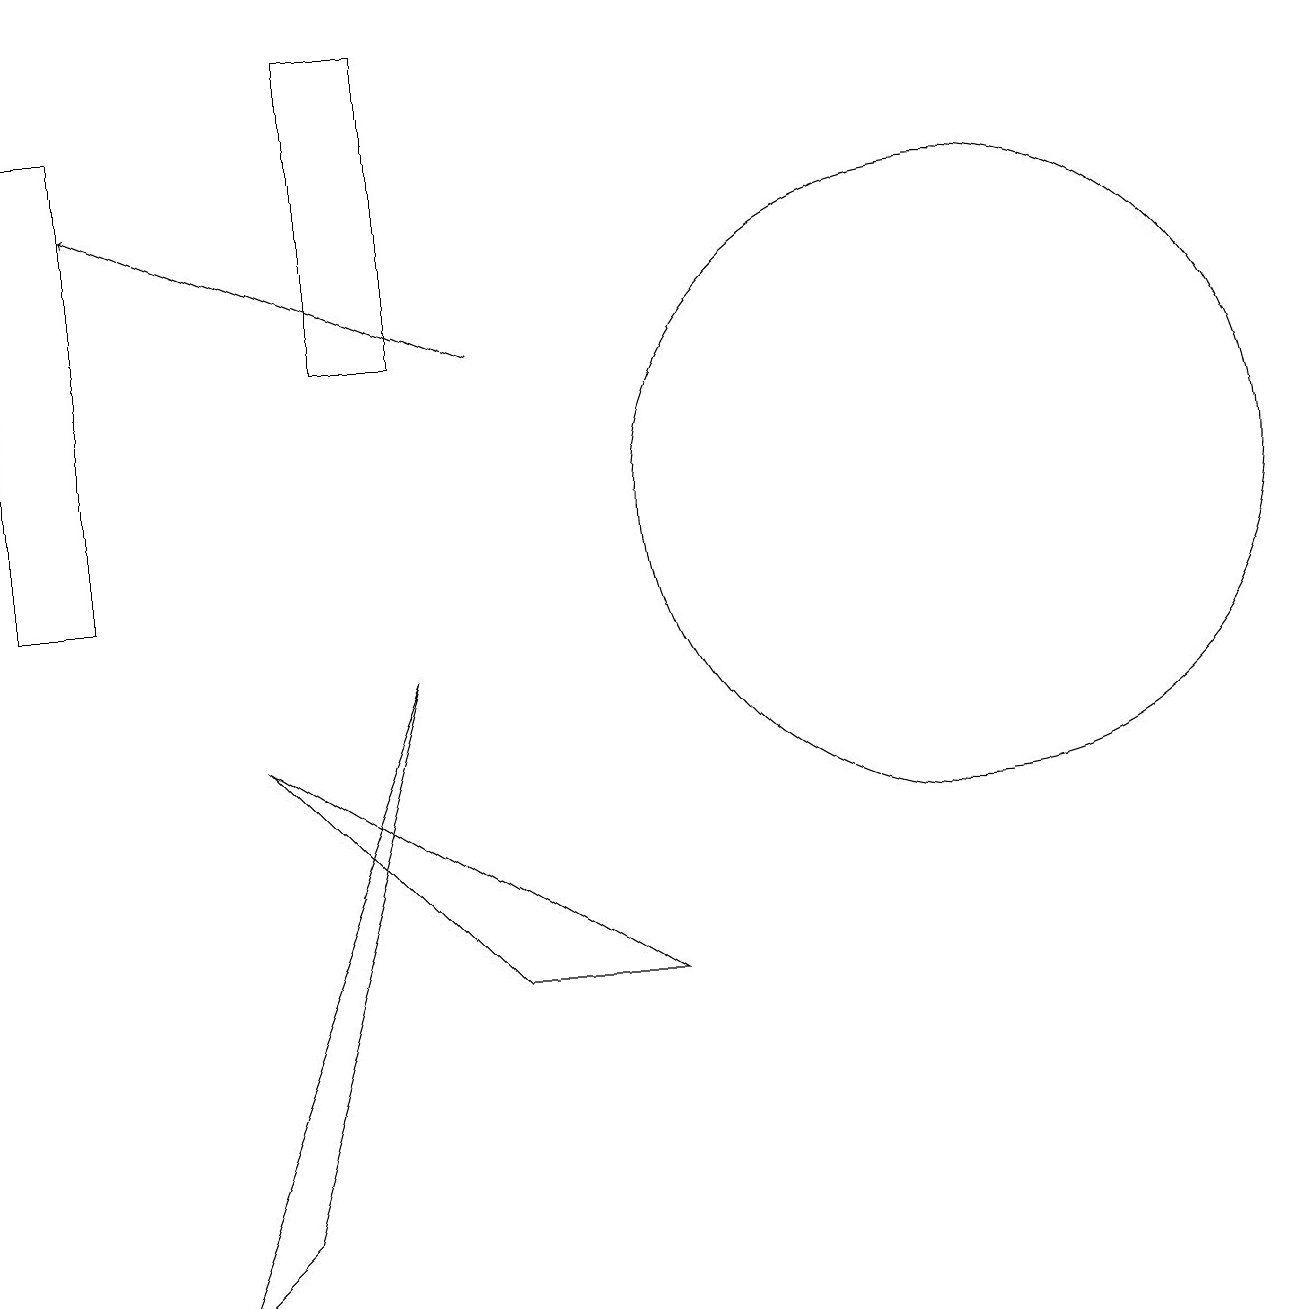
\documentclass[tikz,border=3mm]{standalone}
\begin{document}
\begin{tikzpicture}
\draw (8,5) -- (6,5) -- (3,8) -- cycle;
\draw (5,9) -- (2,1) -- (3,2) -- cycle;
\draw (4,17) rectangle (5,13);
\draw (12,11) circle (4);
\draw[->] (6,13) -- (1,15);
\draw (0,10) rectangle (1,16);
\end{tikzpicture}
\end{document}